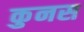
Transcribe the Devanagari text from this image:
कुनस